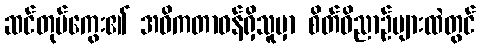
ဆင်တုပ်ကွေး၏ အဓိကတာဝန်ရှိသူမှာ စိတ်ဝိညာဉ်များထဲတွင်